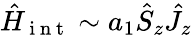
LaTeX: \hat{H}_{\mathrm{~i~n~t~}}\sim a_{1}\hat{S}_{z}\hat{J}_{z}